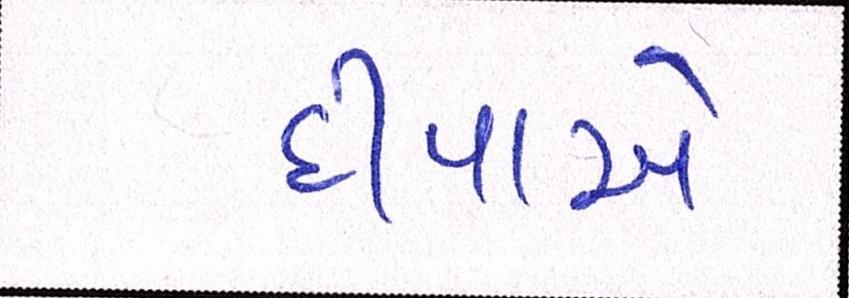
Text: દીપાએ